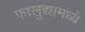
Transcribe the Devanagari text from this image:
फालुद्यामध्ये